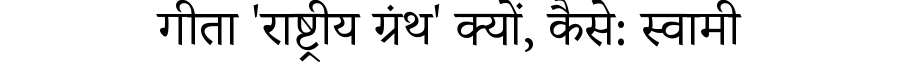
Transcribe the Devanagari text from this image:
गीता 'राष्ट्रीय ग्रंथ' क्यों, कैसे: स्वामी